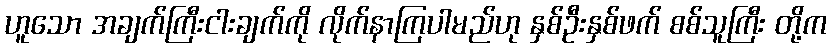
ဟူသော အချက်ကြီးငါးချက်ကို လိုက်နာကြပါမည်ဟု နှစ်ဦးနှစ်ဖက် စစ်သူကြီး တို့က